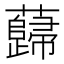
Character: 蘬